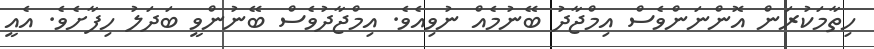
ހިތާމަކުރަން އޮންނަންވެސް އިމްޖާދު ބޭނުމެއް ނުވިއެވެ. އިމްޖާދުވެސް ބޭނުންވީ ބަދަލު ހިފާށެވެ. އެއީ